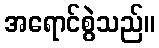
အရောင်စွဲသည်။